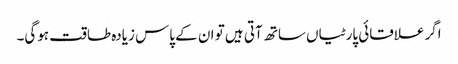
اگر علاقائی پارٹیاں ساتھ آتی ہیں تو ان کے پاس زیادہ طاقت ہوگی۔